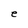
Character: e